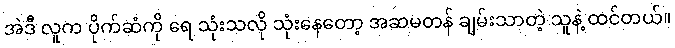
အဲဒီ လူက ပိုက်ဆံကို ရေ သုံးသလို သုံးနေတော့ အဆမတန် ချမ်းသာတဲ့ သူနဲ့ ထင်တယ်။